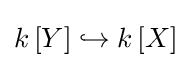
k\left[Y\right]\hookrightarrow k\left[X\right]